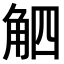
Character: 𧣛